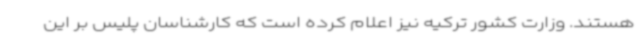
هستند. وزارت کشور ترکیه نیز اعلام کرده است که کارشناسان پلیس بر این